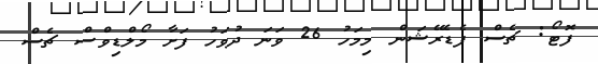
ފޮޓޯ: ޗެސް ފެޑެރޭޝަން މިމަހު 26 ވަނަ ދުވަހު ފަށާ މޯލްޑިވްސް ޗެސް